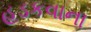
હડકવાના